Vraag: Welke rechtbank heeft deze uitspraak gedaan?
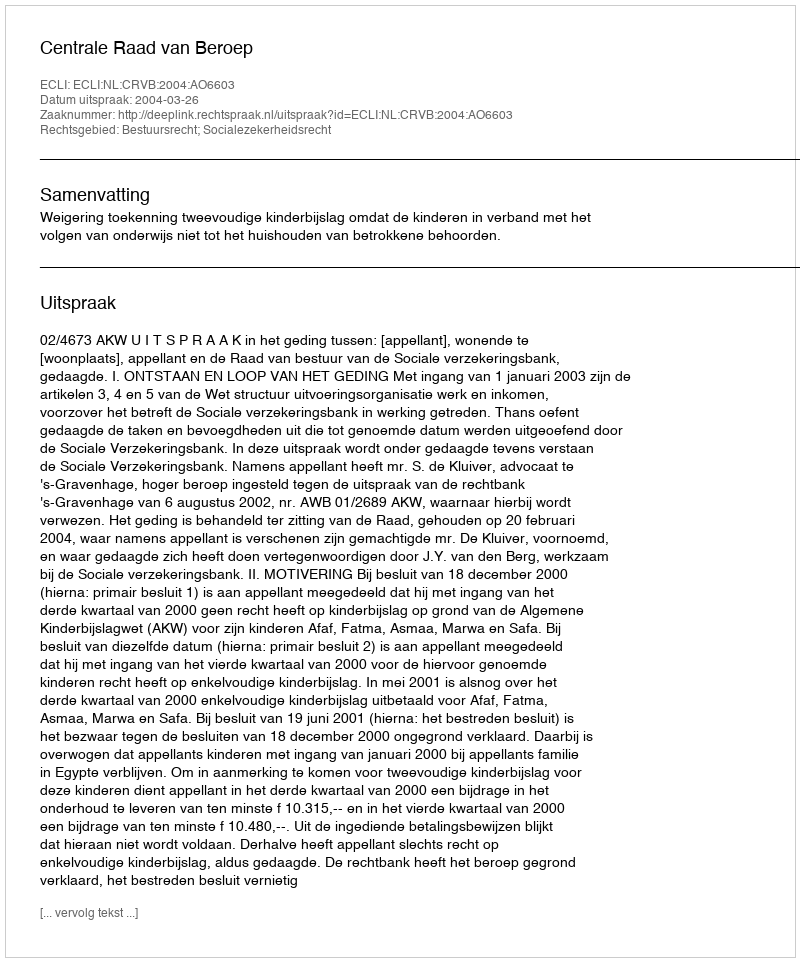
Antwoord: Centrale Raad van Beroep